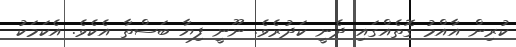
ކުރިން އާއްމު ގޮތެއްގައި ދެނީ ކަދުރެވެ. ނޫނީ ފިޔާ ބަސްތާ އެކެވެ. އެކަމަކު